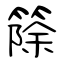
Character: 篨